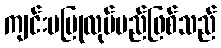
ကျင်းပပြုလုပ်မည်ဖြစ်သည်